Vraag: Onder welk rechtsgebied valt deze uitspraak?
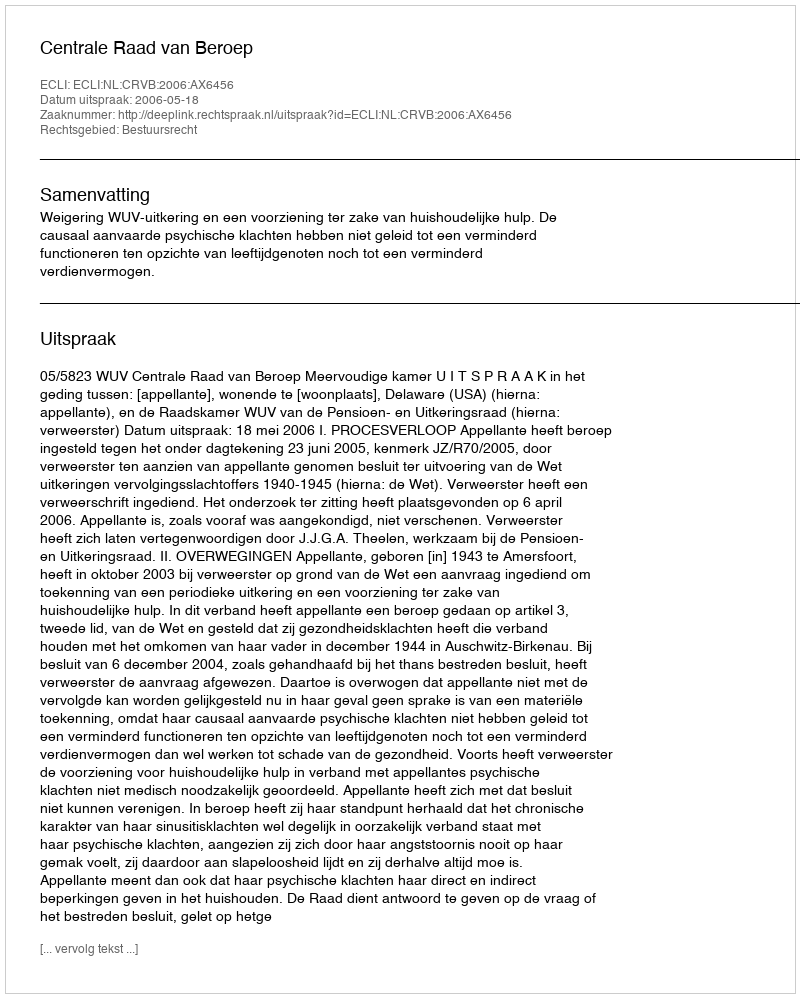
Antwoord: Bestuursrecht